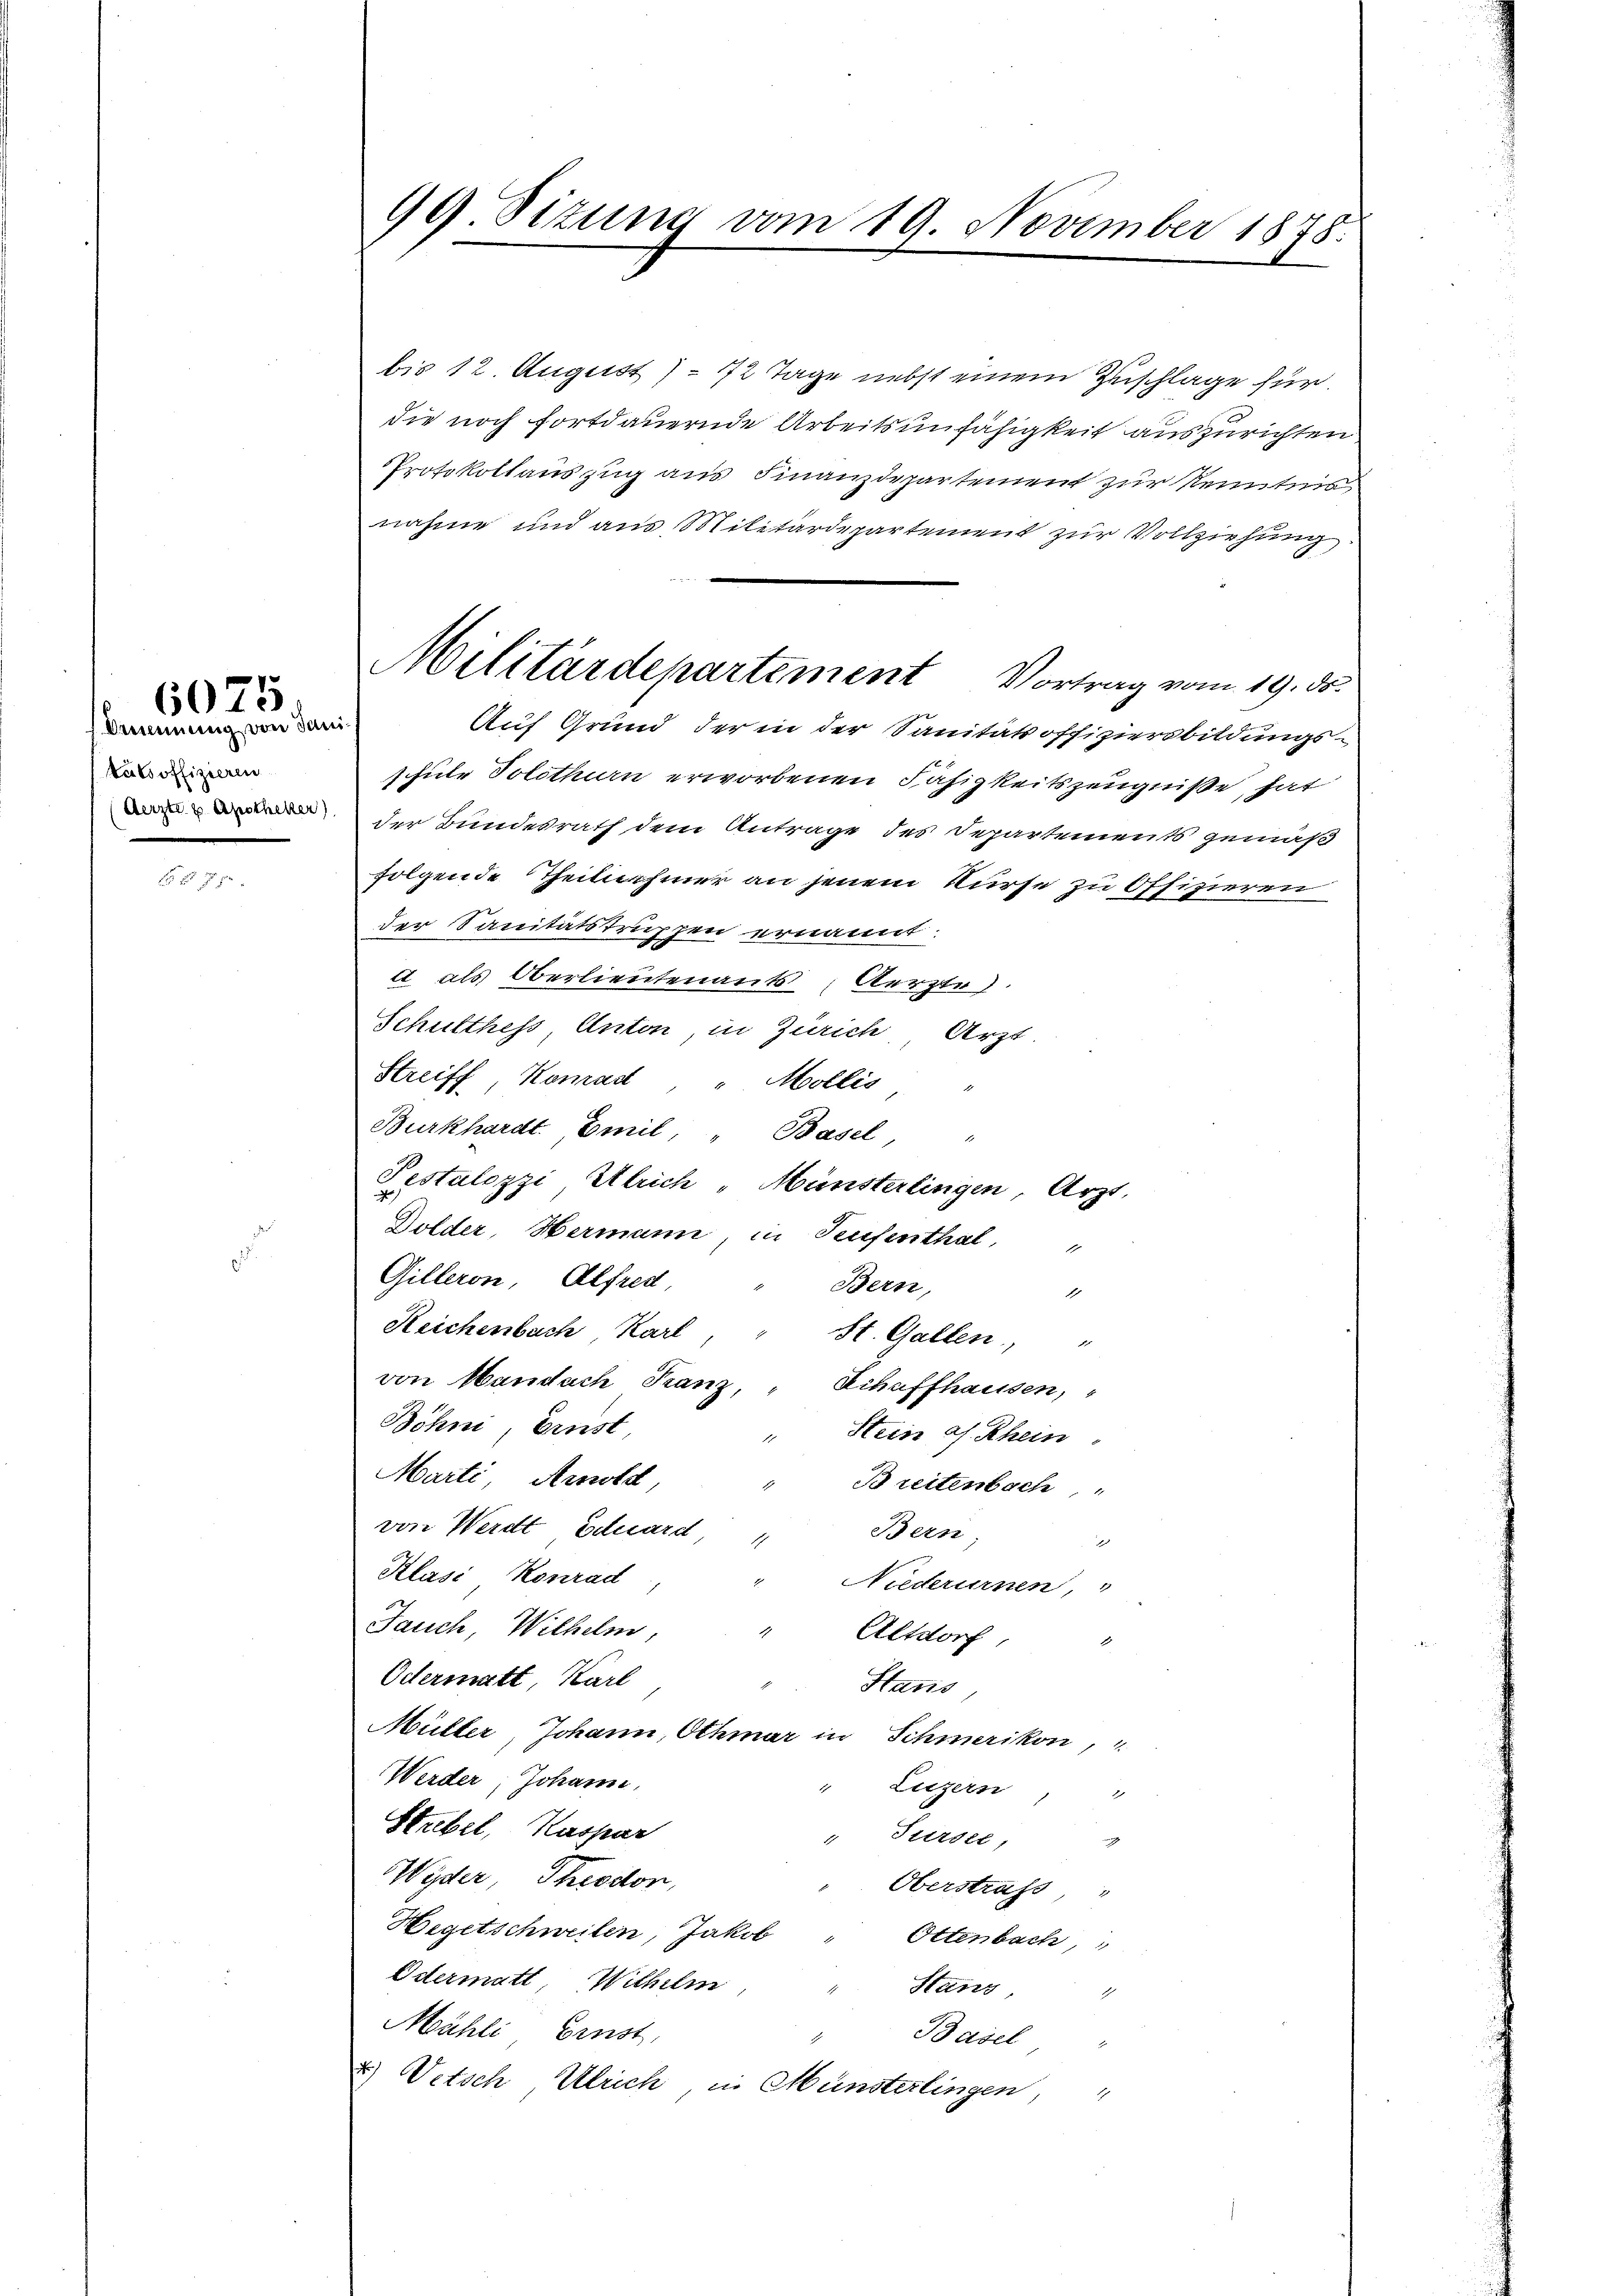
Brennung von Janitabsoffizieren
Aerzte u. Apotheker)

6075

99 Sitzung vom 19. November 1878.

bis 12. August 172 Tage nebst einem Zuschlage für
die noch fortdauernde Arbeitsunfähigkeit auszurichten
Protokollauszug aus Finanzdepartement zur Kenntnis
nahme und aus Militärdepartement zur Vollziehung.
Auf Grund der in der Sanitätsoffiziersbildungs-
schule Solothurn erworbenen Fähigkeitszeugniße, hat
der Bundesrath dem Antrage des Departements gemäß
folgende Theilnehmer an jenem Kurse zu Offizieren
h
der Sanitätstruppen ernannt.
 als Oberlieutenants; Aerzte.
Schulthess Anton, in Zürich Arzt.
Streiff, Konrad " Mollis
Burkhardt. Emil " Basel "
Pestalozzi Ulrich „Münsterlingen, Arzt.
Dolder, Hermann, in Teufenthal,

Gilleron, Alfred
Bern,
1
Reichenbach Karl
St. Gallen, "
von Mandach Franz, " Schaffhausen,
Böhm, Einst
" Stein an Rhein
Marti, Arnold
.
Breitenbach
von Werdt, Eduard
Bern
1
Klasi Konrad
Niederurnen "
Jauch, Wilhelm,
d
Altdorf
Odermatt, Karl
Stans,
Müller, Johann, Othmar in Schmerikon,
Werder, Johann,
Luzern
d
Strebel, Kaspar
" Fersee,
Wyder, Theodon,
Oberstrafs "
Hegetschweilen, Jakob
Ottenbach
Odermatt Wilhelm,
Stand,
1
Mähli, Ernst,
Basel
2) Vetsch Ulrich, in Münsterlingen,

Militärdepartement Vortrag vom 19. ds.